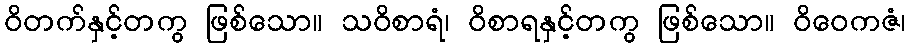
ဝိတက်နှင့်တကွ ဖြစ်သော။ သဝိစာရံ၊ ဝိစာရနှင့်တကွ ဖြစ်သော။ ဝိဝေကဇံ၊